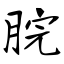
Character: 脘